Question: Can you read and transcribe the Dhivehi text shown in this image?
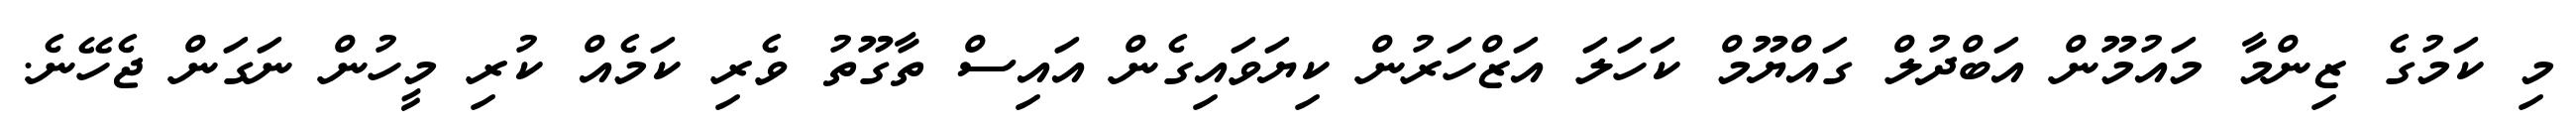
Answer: މި ކަމުގެ ޒިންމާ މައުމޫން އަބްދުލް ގައްޔޫމް ކަހަލަ އަޒްހަރުން ކިޔަވައިގެން އައިސް ތާގޫތު ވެރި ކަމެއް ކުރި މީހުން ނަގަން ޖެހޭނެ.